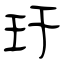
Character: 玕